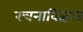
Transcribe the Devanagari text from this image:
रचनाविज्ञान